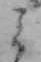
ミ